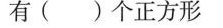
有( )个正方形